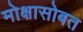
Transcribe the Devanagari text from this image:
मोक्षासोबत